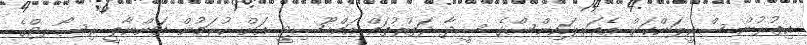
އިތުރުން ސްރީލަންކަން އެއަރލައިންސްގެ ސީދާ ދަތުރުތައް އައްޑޫސިޓީ އަށް ކުރަމުން އަންނާތީ ރިސޯރޓްގެ